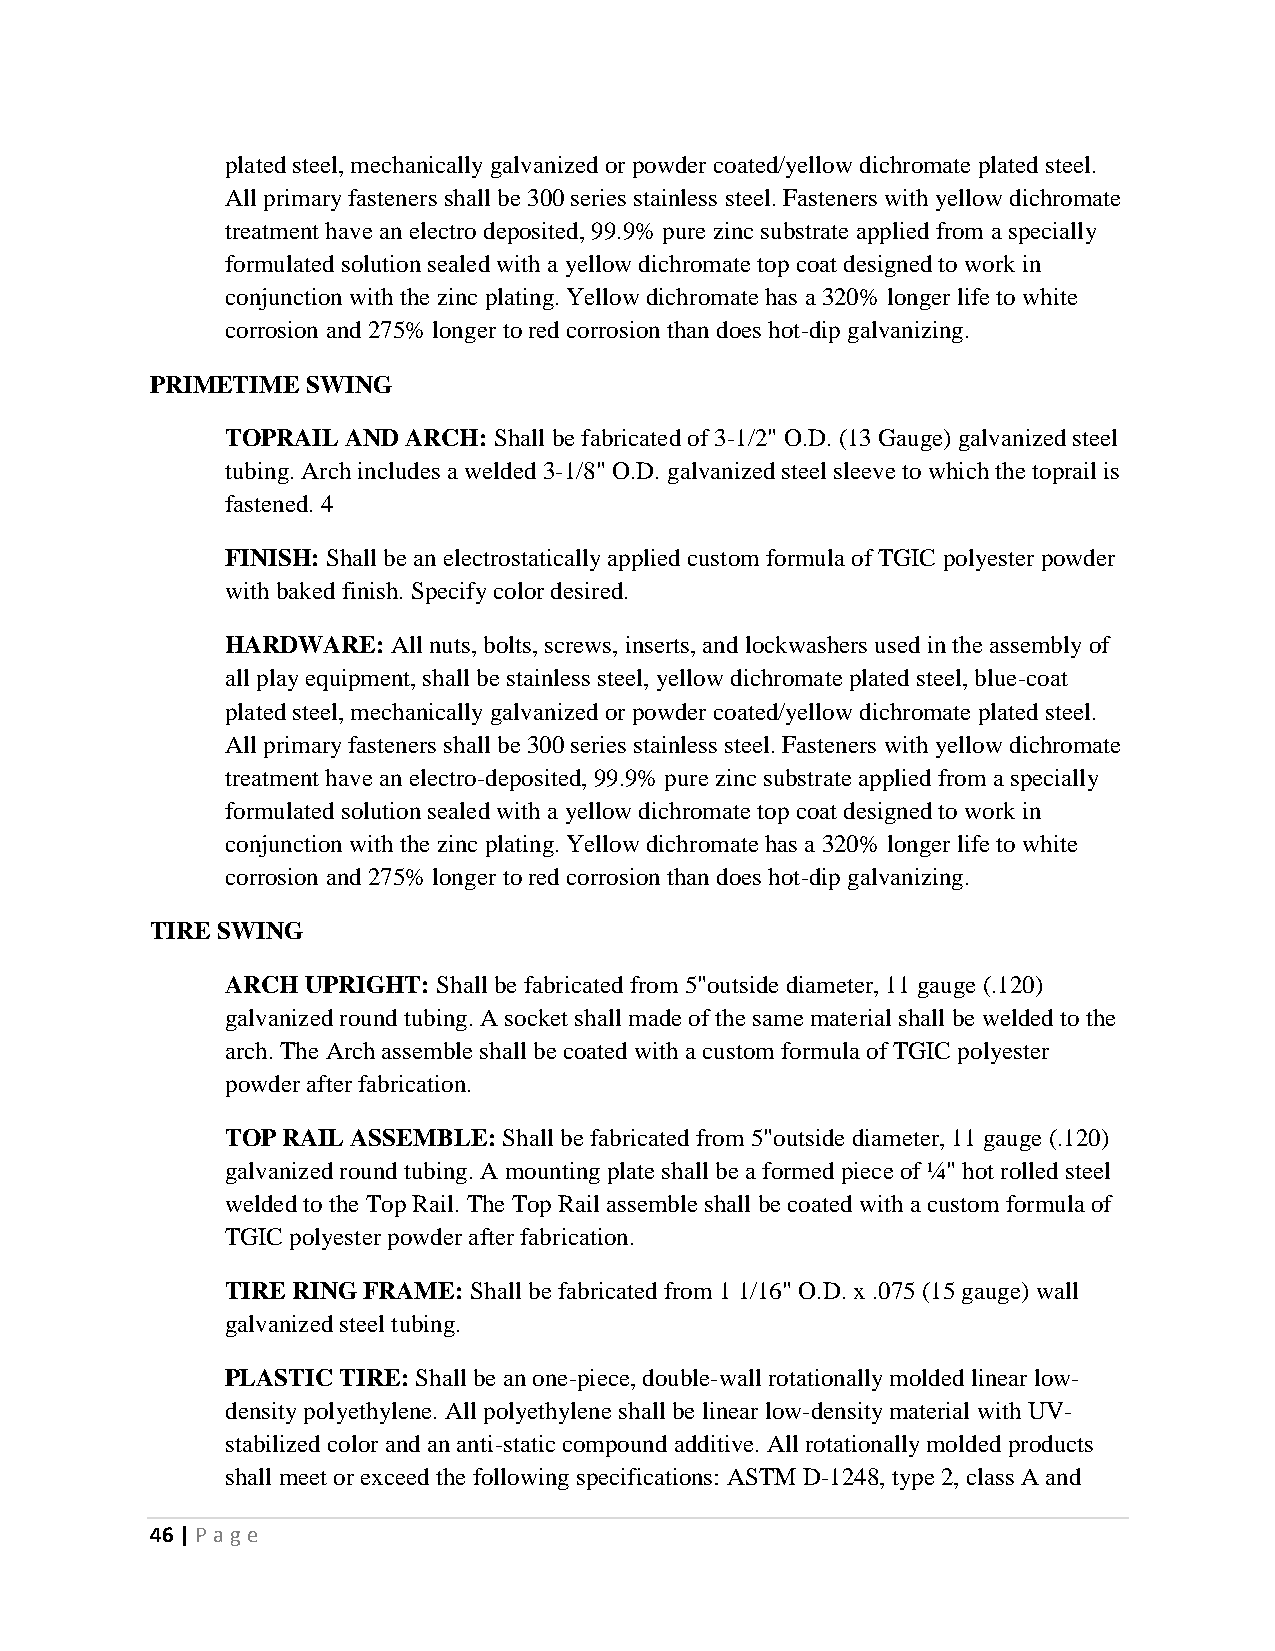
plated steel, mechanically galvanized or powder coated/yellow dichromate plated steel.
 All primary fasteners shall be 300 series stainless steel. Fasteners with yellow dichromate
 treatment have an electro deposited, 99.9% pure zinc substrate applied from a specially
 formulated solution sealed with a yellow dichromate top coat designed to work in
 conjunction with the zinc plating. Yellow dichromate has a 320% longer life to white
 corrosion and 275% longer to red corrosion than does hot-dip galvanizing.
 PRIMETIME SWING
 TOPRAIL AND ARCH: Shall be fabricated of 3-1/2" O.D. (13 Gauge) galvanized steel
 tubing. Arch includes a welded 3-1/8" O.D. galvanized steel sleeve to which the toprail is
 fastened. 4
 FINISH: Shall be an electrostatically applied custom formula of TGIC polyester powder
 with baked finish. Specify color desired.
 HARDWARE:  All nuts, bolts, screws, inserts, and lockwashers used in the assembly of
 all play equipment, shall be stainless steel, yellow dichromate plated steel, blue-coat
 plated steel, mechanically galvanized or powder coated/yellow dichromate plated steel.
 All primary fasteners shall be 300 series stainless steel. Fasteners with yellow dichromate
 treatment have an electro-deposited, 99.9% pure zinc substrate applied from a specially
 formulated solution sealed with a yellow dichromate top coat designed to work in
 conjunction with the zinc plating. Yellow dichromate has a 320% longer life to white
 corrosion and 275% longer to red corrosion than does hot-dip galvanizing.
 TIRE SWING
 ARCH UPRIGHT: Shall be fabricated from 5"outside diameter, 11 gauge (.120)
 galvanized round tubing. A socket shall made of the same material shall be welded to the
 arch. The Arch assemble shall be coated with a custom formula of TGIC polyester
 powder after fabrication.
 TOP RAIL ASSEMBLE: Shall be fabricated from 5"outside diameter, 11 gauge (.120)
 galvanized round tubing. A mounting plate shall be a formed piece of ¼" hot rolled steel
 welded to the Top Rail. The Top Rail assemble shall be coated with a custom formula of
 TGIC polyester powder after fabrication.
 TIRE RING FRAME: Shall be fabricated from 1 1/16" O.D. x .075 (15 gauge) wall
 galvanized steel tubing.
 PLASTIC TIRE: Shall be an one-piece, double-wall rotationally molded linear low-
 density polyethylene. All polyethylene shall be linear low-density material with UV-
 stabilized color and an anti-static compound additive. All rotationally molded products
 shall meet or exceed the following specifications: ASTM D-1248, type 2, class A and
 46 | P age